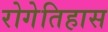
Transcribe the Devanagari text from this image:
रोगेतिहास